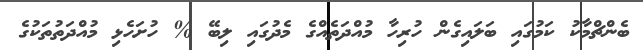
ބެންޗްމާކު ކަމުގައި ބަލައިގެން ހުރިހާ މުއްދަތެއްގެ މެދުގައި ލިބޭ % ހުށަހެޅި މުއްދަތުތަކުގެ